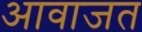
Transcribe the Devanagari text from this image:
आवाजत